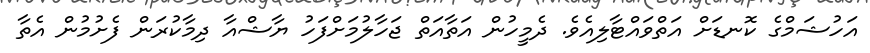
އަހުޝަމްގެ ކޮނޑަށް އަތްވައްޓާލިއެވެ. ދެމީހުން އަތާއަތް ޖަހާލުމަށްފަހު ޔާޝްއާ ދިމާކުރަން ފެށުމުން އެތާ